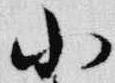
小